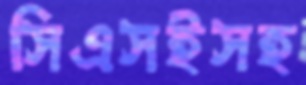
সিএসইসহ